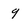
Character: 9